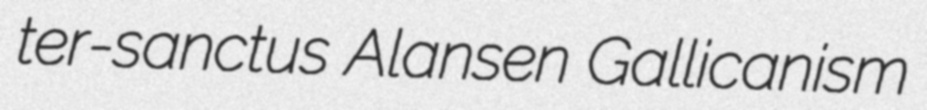
ter-sanctus Alansen Gallicanism